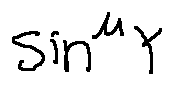
\sin ^ { \mu } Y